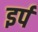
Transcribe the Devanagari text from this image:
इर्प